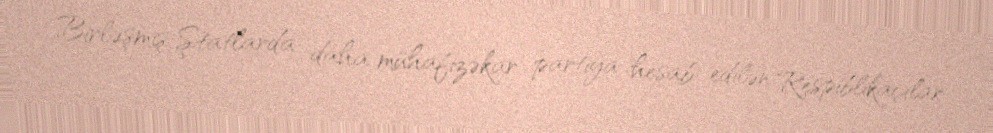
Birləşmiş Ştatlarda daha mühafizəkar partiya hesab edilən Respiblikaçılar